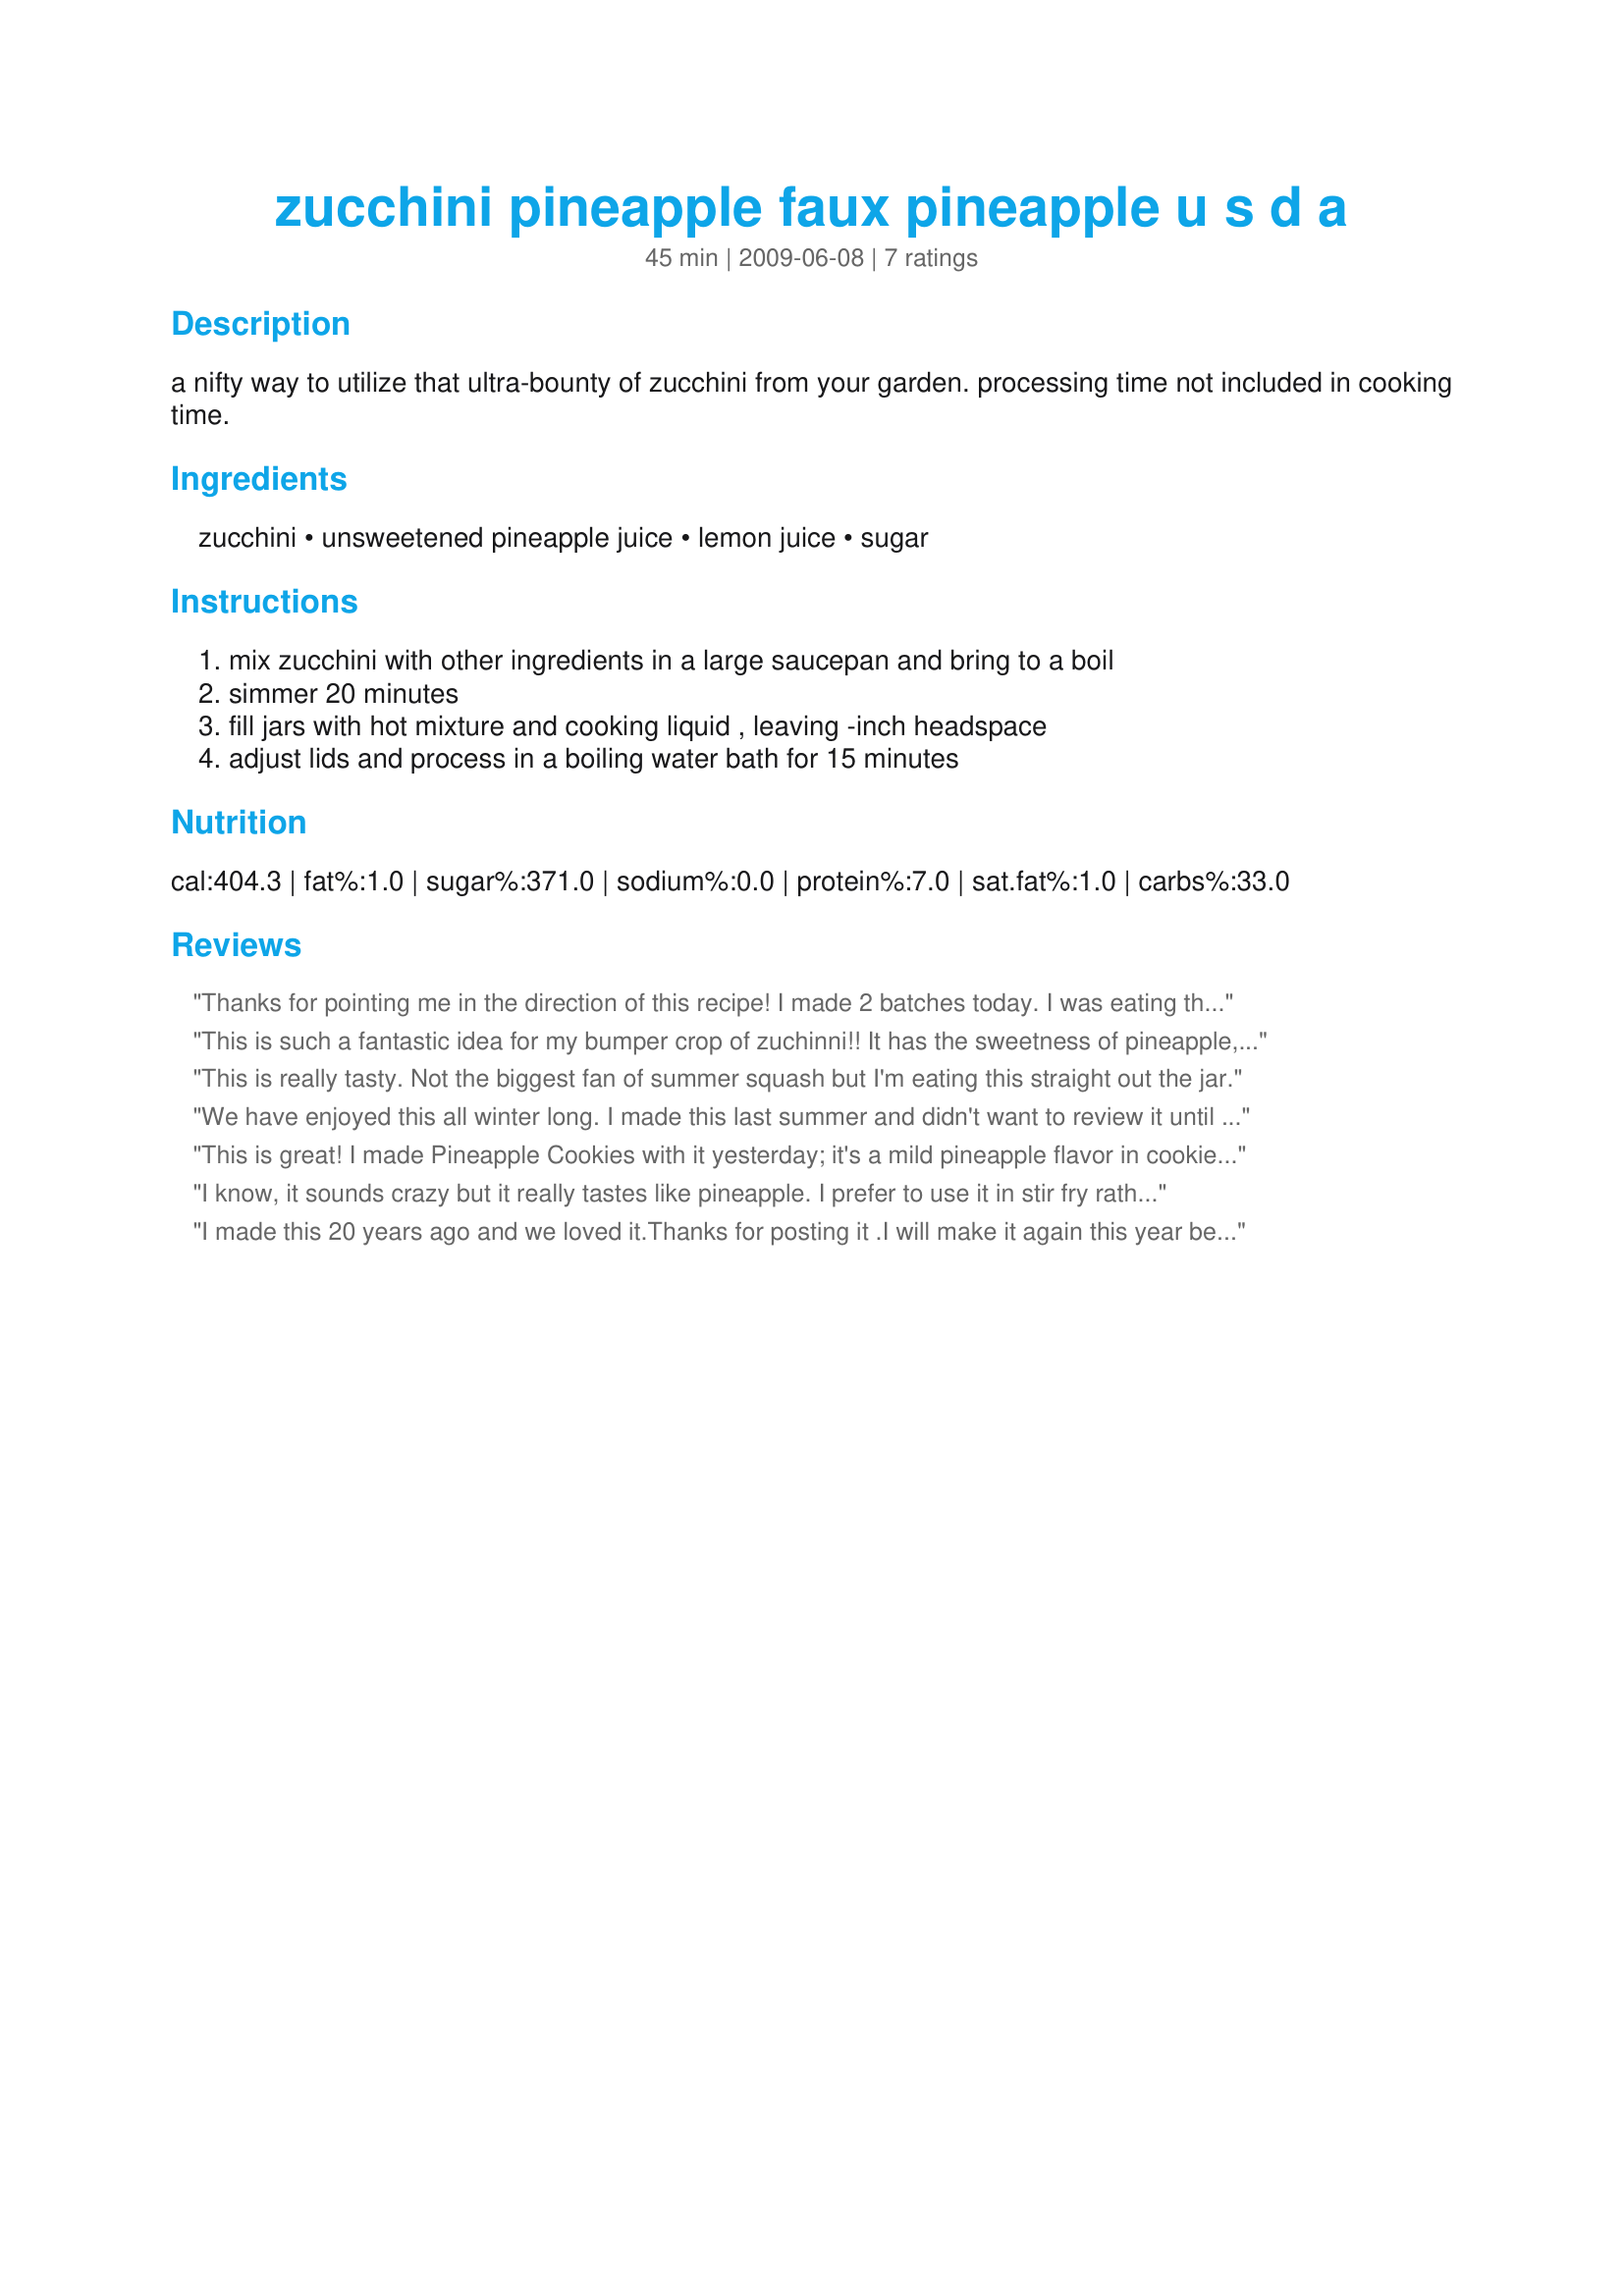
zucchini pineapple faux pineapple u s d a
Preparation time: 45 minutes

a nifty way to utilize that ultra-bounty of zucchini from your garden. processing time not included in cooking time.

Ingredients:
zucchini, unsweetened pineapple juice, lemon juice, sugar

Steps:
mix zucchini with other ingredients in a large saucepan and bring to a boil, simmer 20 minutes, fill jars with hot mixture and cooking liquid , leaving -inch headspace, adjust lids and process in a boiling water bath for 15 minutes

Reviews:
Thanks for pointing me in the direction of this recipe! I made 2 batches today. I was eating the "pineapple" as I was filling the jars. Mmmmmmm! I ended up with 22 half pints and quite a bit of juice leftover. I ended up processing the juice in the waterbath for 15 minutes as well. I can't wait to pop open a jar the next time I need pineapple. Thanks for sharing!
This is such a fantastic idea for my bumper crop of zuchinni!! It has the sweetness of pineapple, just lacks the tartness, maybe next time I'll add a touch more lemon juice. I will use this again! Thanks for sharing!! :)
This is really tasty. Not the biggest fan of summer squash but I'm eating this straight out the jar.
We have enjoyed this all winter long. I made this last summer and didn't want to review it until I had tried it. I also agree it is milder then regular pineapple but once baked you can't tell the difference. It does give off a faint odor that will give it away. I used this to make Recipe#429064 and it made for a milder pineapple taste but still great!
This is great! I made Pineapple Cookies with it yesterday; it's a mild pineapple flavor in cookies, which is nice - not as overwhelming as plain pineapple can be. Easy, fun, and really raises eyebrows when you tell folks what you're canning this week!
I know, it sounds crazy but it really tastes like pineapple. I prefer to use it in stir fry rather than baking. I also recommend adding yellow food coloring. It's another way to use extra zuchini in the summer.
I made this 20 years ago and we loved it.Thanks for posting it .I will make it again this year because I had lost the recipe and my kids grew up.
